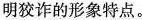
明狡诈的形象特点。